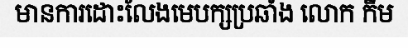
មានការដោះលែងមេបក្សប្រឆាំង លោក កឹម